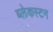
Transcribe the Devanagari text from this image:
ब्लेकस्टन